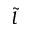
\tilde { l }